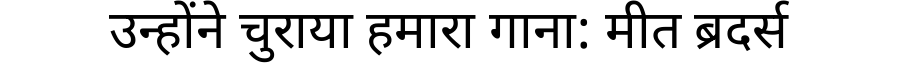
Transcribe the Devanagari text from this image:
उन्होंने चुराया हमारा गाना: मीत ब्रदर्स